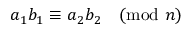
a _ { 1 } b _ { 1 } \equiv a _ { 2 } b _ { 2 } { \pmod { n } }